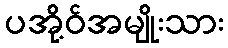
ပအို့ဝ်အမျိုးသား